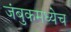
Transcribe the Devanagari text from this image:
जंबुकमध्येच